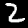
Label: 2